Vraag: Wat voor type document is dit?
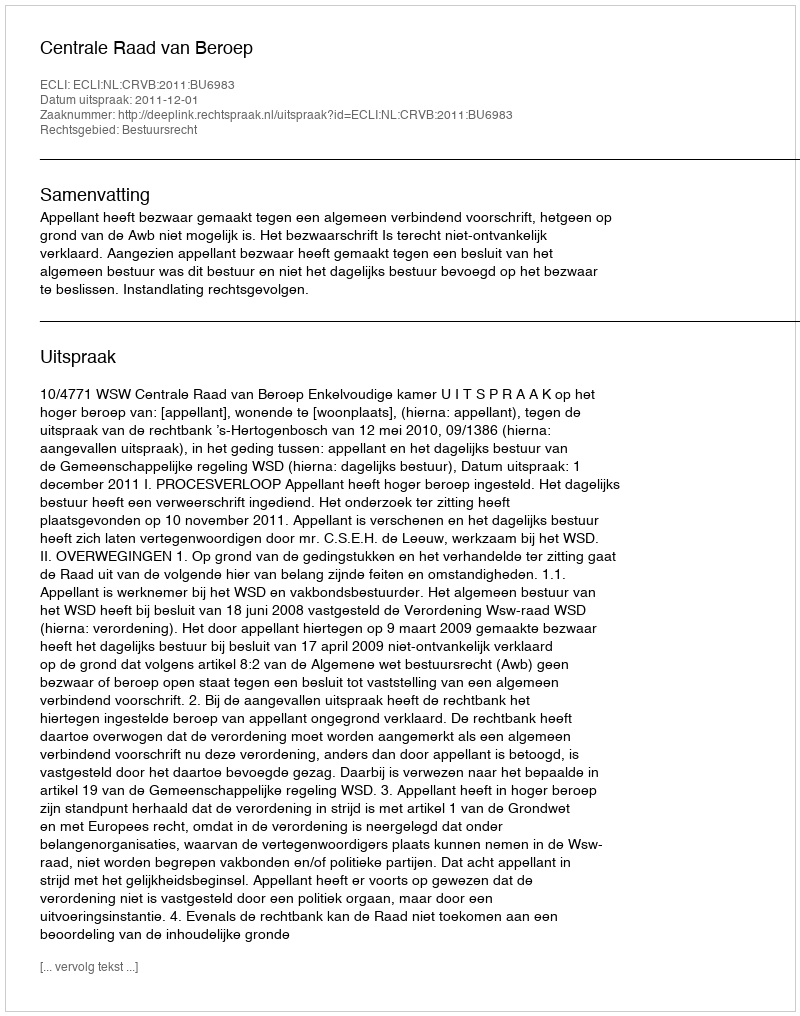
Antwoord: Uitspraak